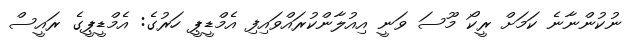
ނުކުންނާނެ ކަމަށް ރީކޯ މޫސަ ވަނީ އިއުލާންކުރައްވައިފި އެމްޑީޕީ ހަރުގެ: އެމްޑީޕީގެ ރައީސް